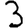
Digit: 3